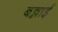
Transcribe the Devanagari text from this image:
बन्नाई